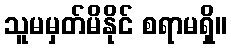
သူမမှတ်မိနိုင် စရာမရှိ။